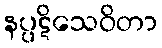
နပ္ပဋိသေဝိတာ